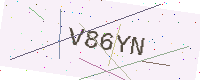
Text: V86YN